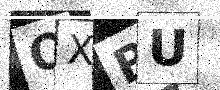
Text: QXBU